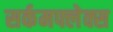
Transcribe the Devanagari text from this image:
सर्कमफ्लेक्स